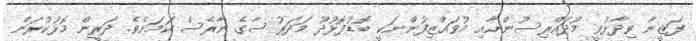
ފަޒީނާ ވިދާޅުވީ މުދައްރިސުންނާއި މުވައްޒިފުންނަކީ ބޮޑުފޮޅުދޫ މަދަރުސާގެ ނާރެސް ކަމަށެވެ. ދަރީން މޮޅުކުރަން